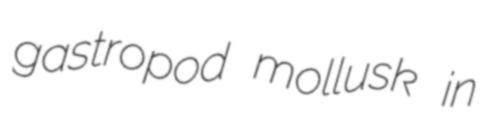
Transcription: gastropod mollusk in